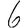
Digit: 6